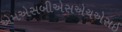
એમએસબીએસએચએસઈ